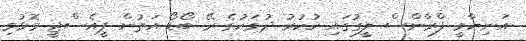
އަނިޔާވީ ފްރާންސް ލީގުގައި ހުކުރު ދުވަހުގެ ރޭ ބޯޑޯ އަތުން ޕީއެސްޖީ މޮޅުވި